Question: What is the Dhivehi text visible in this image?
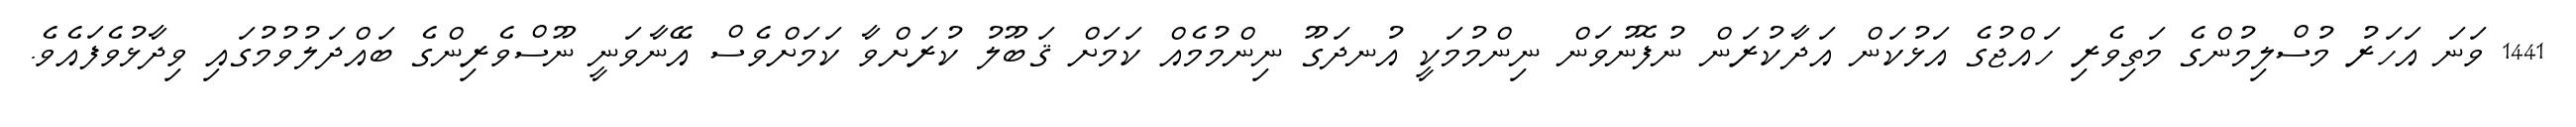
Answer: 1441 ވަނަ އަހަރު މުސްލިމުންގެ މަތިވެރި ހައްޖުގެ އަޅުކަން އަދާކުރަން ނުފޮނުވަން ނިންމުމަކީ އުނދަގޫ ނިންމުމެއް ކަމަށް ޤަބޫލު ކުރަށްވާ ކަމަށްވެސް އޭނާވަނީ ނޫސްވެރިންގެ ބައްދަލުވުމުގައި ވިދާޅުވެފައެވެ.